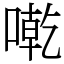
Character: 𠼳